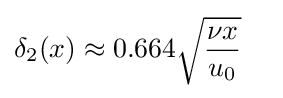
\delta _{2}(x)\approx 0.664{\sqrt {{\nu x} \over u_{0}}}\quad